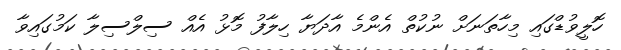
ހޮލީވުޑްގައި މިހާތަނަށް ނުކުތް އެންމެ އާދަޔާ ހިލާފު މޮޅު އެއް ސިލްސިލާ ކަމުގައިވާ